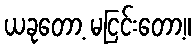
ယခုတော့ မငြင်းတော့။